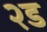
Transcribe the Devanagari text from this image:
२ड